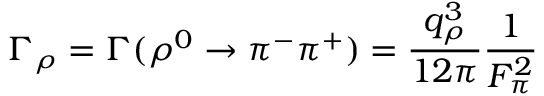
\Gamma _ { \rho } = \Gamma ( \rho ^ { 0 } \to \pi ^ { - } \pi ^ { + } ) = { \frac { q _ { \rho } ^ { 3 } } { 1 2 \pi } } { \frac { 1 } { F _ { \pi } ^ { 2 } } }